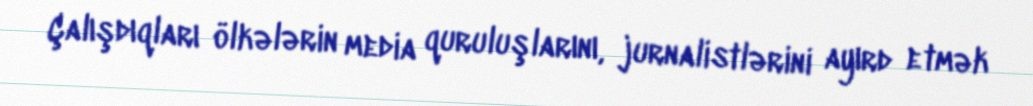
Çalışdıqları ölkələrin media quruluşlarını, jurnalistlərini ayırd etmək